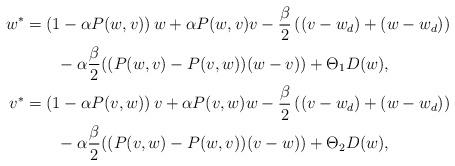
LaTeX: \begin{align*}\begin{aligned}w^*&=\left(1-\alpha P(w,v)\right)w+\alpha P(w,v)v-\frac{\beta}{2}\left((v-w_d)+(w-w_d)\right)\\&\qquad-\alpha\frac{\beta}{2}((P(w,v)-P(v,w))(w-v))+\Theta_1 D(w),\\v^*&=\left(1-\alpha P(v,w)\right)v+\alpha P(v,w)w-\frac{\beta}{2} \left((v-w_d)+(w-w_d)\right)\\&\qquad-\alpha\frac{\beta}{2}((P(v,w)-P(w,v))(v-w))+\Theta_2 D(w),\\\end{aligned}\end{align*}